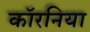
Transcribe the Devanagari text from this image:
कॉरनिया